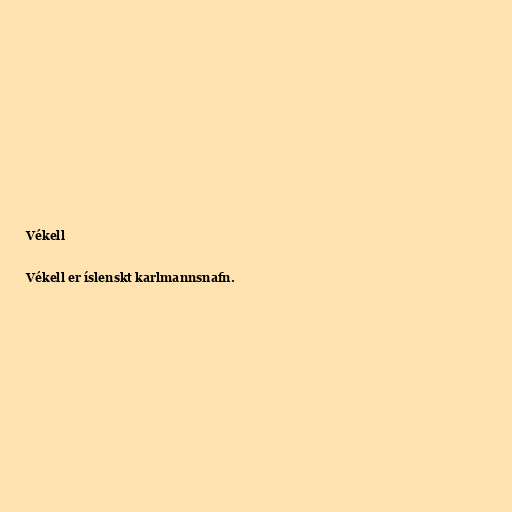
Vékell

Vékell er íslenskt karlmannsnafn.